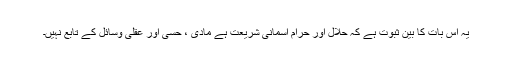
یہ اس بات کا بین ثبوت ہے کہ حلال اور حرام آسمانی شریعت ہے مادی ، حسی اور عقلی وسائل کے تابع نہیں۔